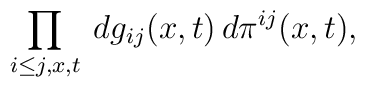
\prod_{i \leq j,x,t}\: dg_{ij}(x,t) \, d\pi^{ij}(x,t),